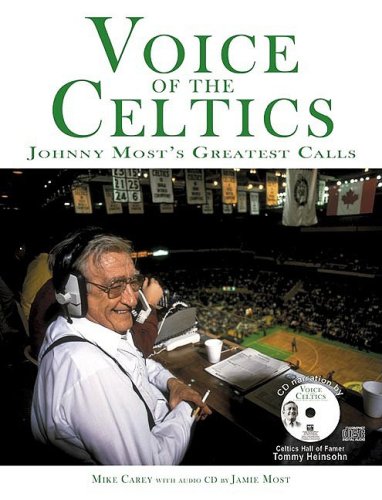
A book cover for Voice of the Celtics: Johnny Most's Greatest Calls; Sports & Outdoors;